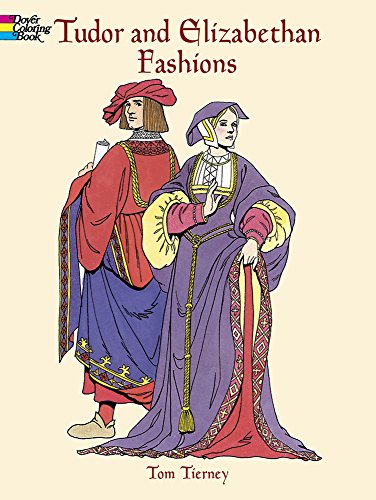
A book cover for Tudor and Elizabethan Fashions (Dover Fashion Coloring Book); Tom Tierney; Crafts, Hobbies & Home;